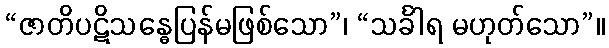
“ဇာတိပဋိသန္ဓေပြန်မဖြစ်သော”၊ “သင်္ခါရ မဟုတ်သော”။